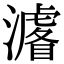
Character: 𭳁